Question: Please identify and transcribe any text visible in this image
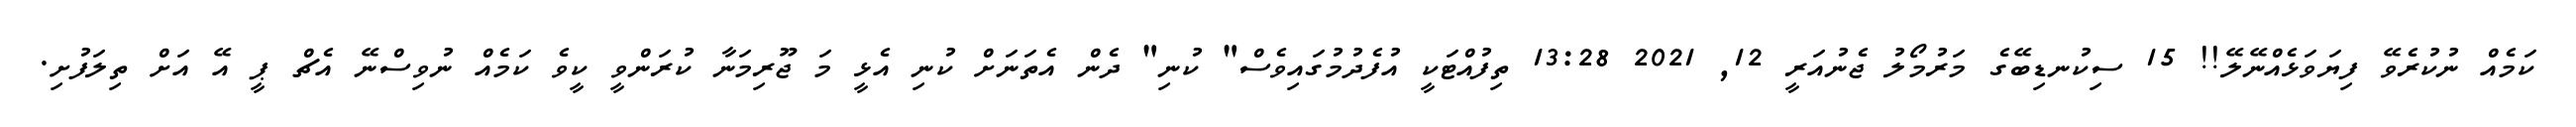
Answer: ކަމެއް ނުކުރެވޭ ފިޔަވަޅެއްނޭލޭ!! 15 ސިކުނޑިބޭގެ މަރުމޯލު ޖެނުއަރީ 12, 2021 13:28 ތިފުއްޓަކީ އުފެދުމުގައިވެސް" ކުނި" ދެން އެތަނަށް ކުނި އެޅީ މަ ޖޫރިމަނާ ކުރަންވީ ކީވެ ކަމެއް ނުވިސްނޭ އެޗް ޕީ އޭ އަށް ތިލަފުށި.